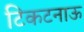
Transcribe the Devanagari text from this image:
टिकटनाऊ